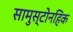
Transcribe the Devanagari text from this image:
सामुस्टोनहिक